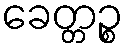
ခေတ္တဉ္စ